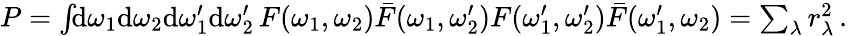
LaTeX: \begin{array}{r}{P=\int\! \! \mathrm{d}\omega_{1}\mathrm{d}\omega_{2}\mathrm{d}\omega_{1}^{\prime}\mathrm{d}\omega_{2}^{\prime}\, F(\omega_{1},\omega_{2})\bar{F}(\omega_{1},\omega_{2}^{\prime})F(\omega_{1}^{\prime},\omega_{2}^{\prime})\bar{F}(\omega_{1}^{\prime},\omega_{2})=\sum_{\lambda}r_{\lambda}^{2}\, .}\end{array}